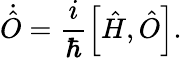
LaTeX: \dot{\hat{O}}=\frac{i}{\hbar}\left[\hat{H},\hat{O}\right].